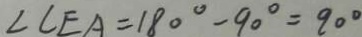
\angle C E A = 1 8 0 ^ { \circ } - 9 0 ^ { \circ } = 9 0 ^ { \circ }